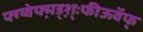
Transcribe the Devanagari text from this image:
फ्ग्य्वेफ्म़ड्श़़्ःफीऊवॅफ्